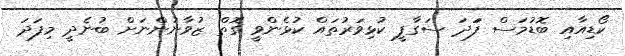
ކޯޑިއާއި ބޮޑުމަސް ފަަދަ ސަގާފީ ކުޅިވަރުތައް ކުޅެންވީ ގޮތް ޒުވާނުންނަށް ބުނެދީ މިފަދަ